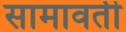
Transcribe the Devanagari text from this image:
सामावती